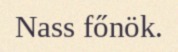
Nass főnök.